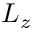
L _ { z }